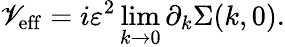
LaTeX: \mathscr{V}_{\mathrm{{eff}}}=i\varepsilon^{2}\operatorname*{lim}_{k\rightarrow0}\partial_{k}\Sigma(k,0).